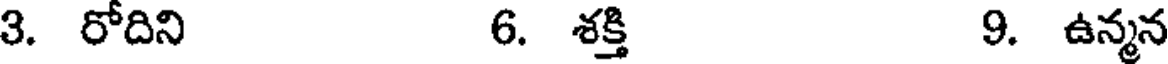
3. రోదిని 6. శక్తి 9. ఉన్మన